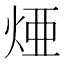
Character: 𤉁